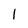
Character: l